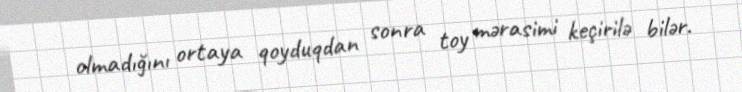
olmadığını ortaya qoyduqdan sonra toy mərasimi keçirilə bilər.